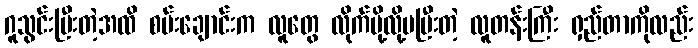
ဂူသွင်းပြီးတဲ့အထိ စမ်းချောင်းက လူတွေ လိုက်ပို့လို့မပြီးတဲ့ လူတန်းကြီး ရှည်တာကိုလည်း